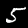
Label: 5